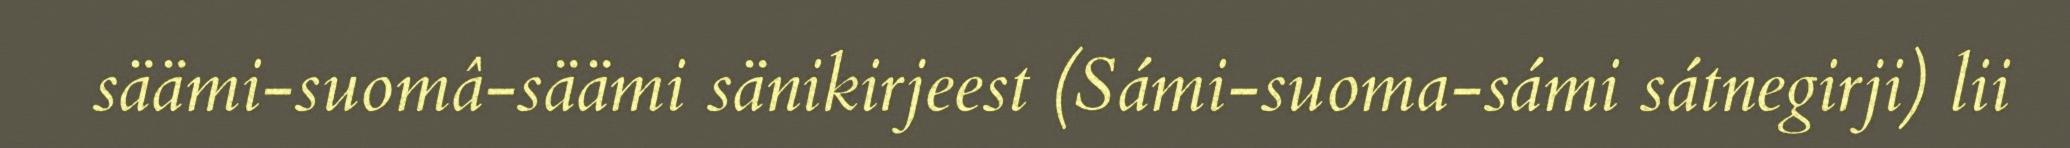
säämi-suomâ-säämi sänikirjeest (Sámi-suoma-sámi sátnegirji) lii